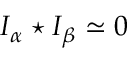
I _ { \alpha } \star I _ { \beta } \simeq 0